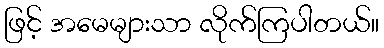
ဖြင့် အမေများသာ လိုက်ကြပါတယ်။